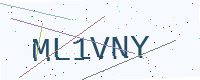
Text: ML1VNY